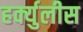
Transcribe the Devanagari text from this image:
हर्क्युलीस